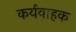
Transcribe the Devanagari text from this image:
कर्यवाहक